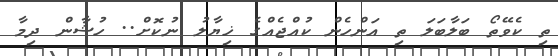
ތި ކެވޭތޯ ބަލާބަލަ ތި އަންހެން ކުއްޖެއްގެ ޚިޔާލު ނުކޮށް.. ހުޝާން ދިމާ